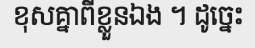
ខុសគ្នាពីខ្លួនឯង ។ ដូច្នេះ